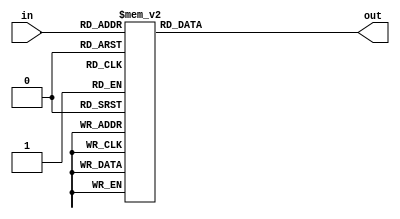
// Copyright 2012, Brian Swetland

module hex2seven(
	input [3:0] in,
	output reg [6:0] out
	);

always @(*) case (in)
	4'h0: out = 7'b1000000;
	4'h1: out = 7'b1111001;
	4'h2: out = 7'b0100100;
	4'h3: out = 7'b0110000;
	4'h4: out = 7'b0011001;
	4'h5: out = 7'b0010010;
	4'h6: out = 7'b0000011;
	4'h7: out = 7'b1111000;
	4'h8: out = 7'b0000000;
	4'h9: out = 7'b0011000;
	4'hA: out = 7'b0001000;
	4'hB: out = 7'b0000011;
	4'hC: out = 7'b1000110;
	4'hD: out = 7'b0100001;
	4'hE: out = 7'b0000110;
	4'hF: out = 7'b0001110;
endcase

endmodule